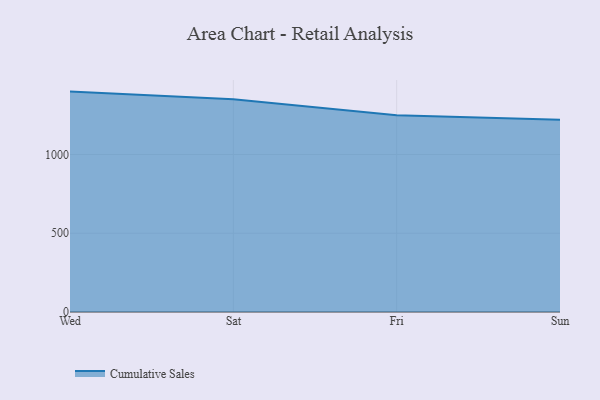
{"axis": {"x": "Day", "y": "LTV (USD)"}, "legend": ["Cumulative Sales"], "data": [{"x": "Wed", "y": 1399.2, "type": "Cumulative Sales"}, {"x": "Sat", "y": 1351.4, "type": "Cumulative Sales"}, {"x": "Fri", "y": 1249.6, "type": "Cumulative Sales"}, {"x": "Sun", "y": 1220.0, "type": "Cumulative Sales"}]}